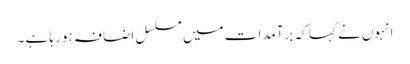
انہوں نے کہا کہ برآمدات میں مسلسل اضافہ ہو رہا ہے۔